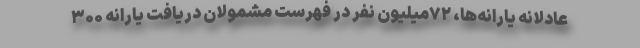
عادلانه یارانه‌ها، ۷۲میلیون نفر در فهرست مشمولان دریافت یارانه ۳۰۰